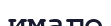
имаго